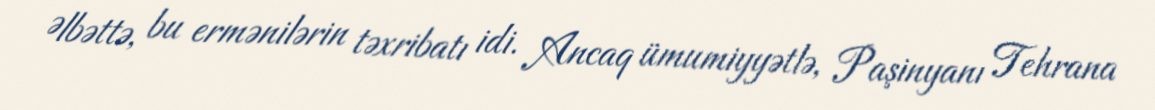
Əlbəttə, bu ermənilərin təxribatı idi. Ancaq ümumiyyətlə, Paşinyanı Tehrana